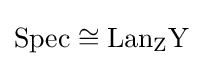
\mathrm {Spec} \cong \mathrm {Lan_{Z}Y}